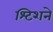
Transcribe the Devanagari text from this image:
श्टिशने